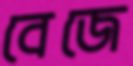
বেজে